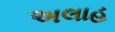
અલાહ